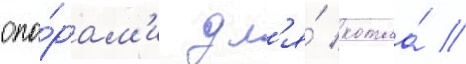
опо́рам'и дл'я́ котла́ //